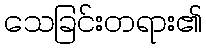
သေခြင်းတရား၏